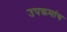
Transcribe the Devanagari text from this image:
उपक्रमांच